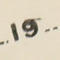
19